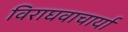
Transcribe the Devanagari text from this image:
विराघवाचार्या